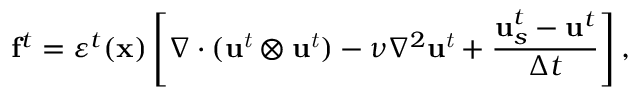
\mathbf { f } ^ { t } = \varepsilon ^ { t } ( \mathbf { x } ) \left[ \nabla \cdot ( \mathit { \mathbf { u } ^ { t } } \otimes \mathit { \mathbf { u } ^ { t } } ) - \nu \nabla ^ { 2 } \mathit { \mathbf { u } ^ { t } } + \frac { \mathbf { u } _ { s } ^ { t } - \mathbf { u } ^ { t } } { \Delta t } \right] ,